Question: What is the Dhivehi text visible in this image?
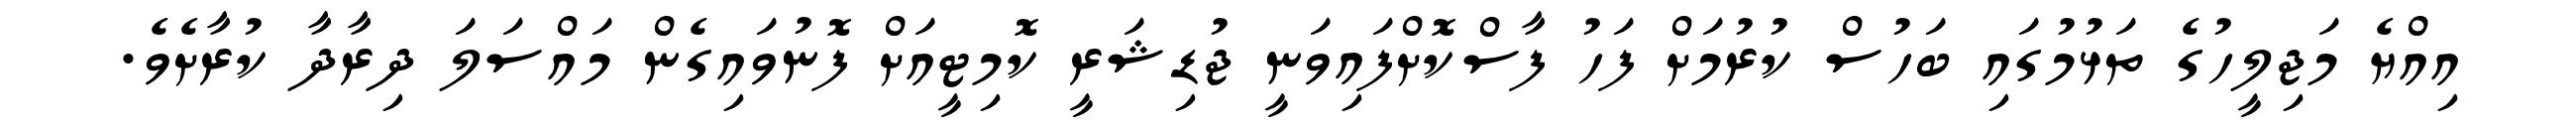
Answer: އިއްޔެ މަޖިލީހުގެ ތަޅުމުގައި ބަހުސް ކުރުމަށް ފަހު ފާސްކޮށްފައިވަނީ ޖުޑިޝަރީ ކޮމިޓީއަށް ފޮނުވައިގެން މައްސަލަ ދިރާދާ ކުރާށެވެ.